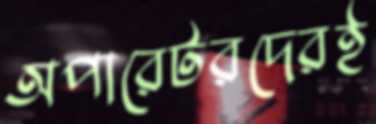
অপারেটরদেরই